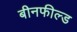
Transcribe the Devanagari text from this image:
बीनफील्ड